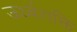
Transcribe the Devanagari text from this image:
ऊर्ध्वशक्ति